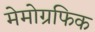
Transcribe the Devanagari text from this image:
मेमोग्रफिक